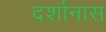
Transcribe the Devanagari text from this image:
दर्शानास